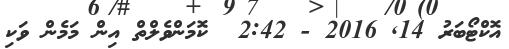
އޮކްޓޯބަރު 14